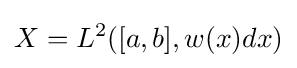
X=L^{2}([a,b],w(x)dx)